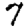
Digit: 7